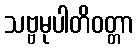
သဗ္ဗမုပါတိဝတ္တာ